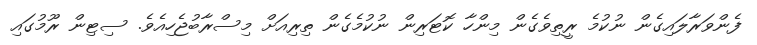
ފެންވަރާލައިގެން ނުކުމެ ރީތިވެގެން މިންހާ ކޮޓަރިން ނުކުމެގެން ތިރިއަށް މިސްރާބުޖެހިއެވެ. ސިޓިން ރޫމުގައި